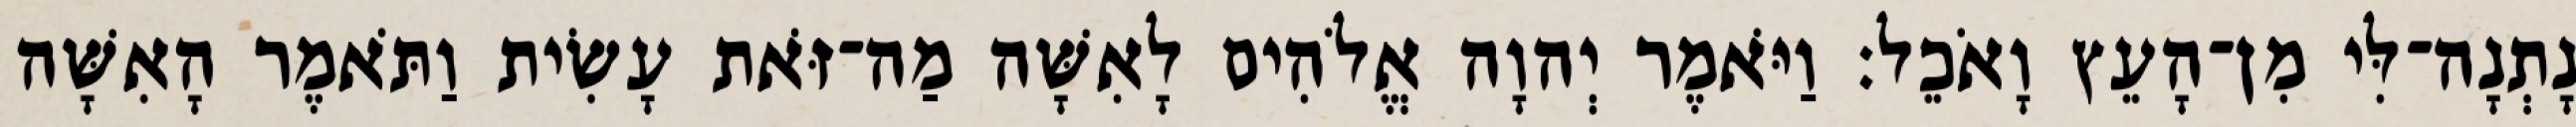
נָתְנָה־לִּי מִן־הָעֵץ וָאֹכֵל׃ וַיֹּאמֶר יְהוָה אֱלֹהִים לָאִשָּׁה מַה־זֹּאת עָשִׂית וַתֹּאמֶר הָאִשָּׁה